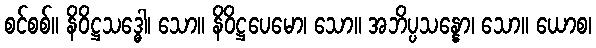
စင်စစ်။ နိဝိဋ္ဌသဒ္ဓေါ၊ သော။ နိဝိဋ္ဌပေမော၊ သော။ အဘိပ္ပသန္နော၊ သော။ ယောစ၊